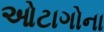
ઓટાગોના